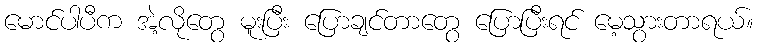
မောင်ပါပီက အဲ့လိုတွေ မူးပြီး ပြောချင်တာတွေ ပြောပြီးရင် မေ့သွားတာရယ်။